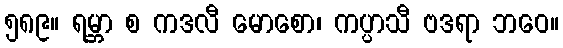
၅၈၉။ ရမ္ဘာ စ ကဒလီ မောစော၊ ကပ္ပာသီ ဗဒရာ ဘဝေ။